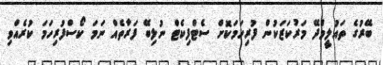
ބޭރުގެ ތައުލީމްދޭ މަރުކަޒަކުން ފުރިހަމަކޮށް ސެޓްފިކެޓް ނުލިބޭ ފަރާތެއް ނަމަ ކޯސްފުރިހަމަ ކުރެއްވި